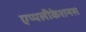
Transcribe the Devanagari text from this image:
एप्पलीकेशनस